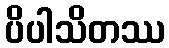
ပိပါသိတဿ